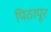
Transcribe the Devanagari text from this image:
पिठापूर